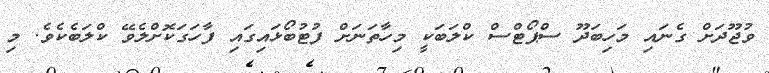
ވުޖޫދަށް ގެނައި މަހިބަދޫ ސްޕޯޓްސް ކްލަބަކީ މިހާތަނަށް ފުޓުބޯޅައިގައި ފާހަގަކޮށްލެވޭ ކްލަބެކެވެ. މި